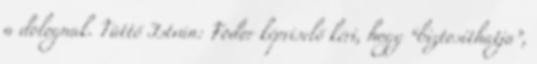
a dolognak. Tüttő István: Fodor képviselő kéri, hogy “biztosíthatja”,